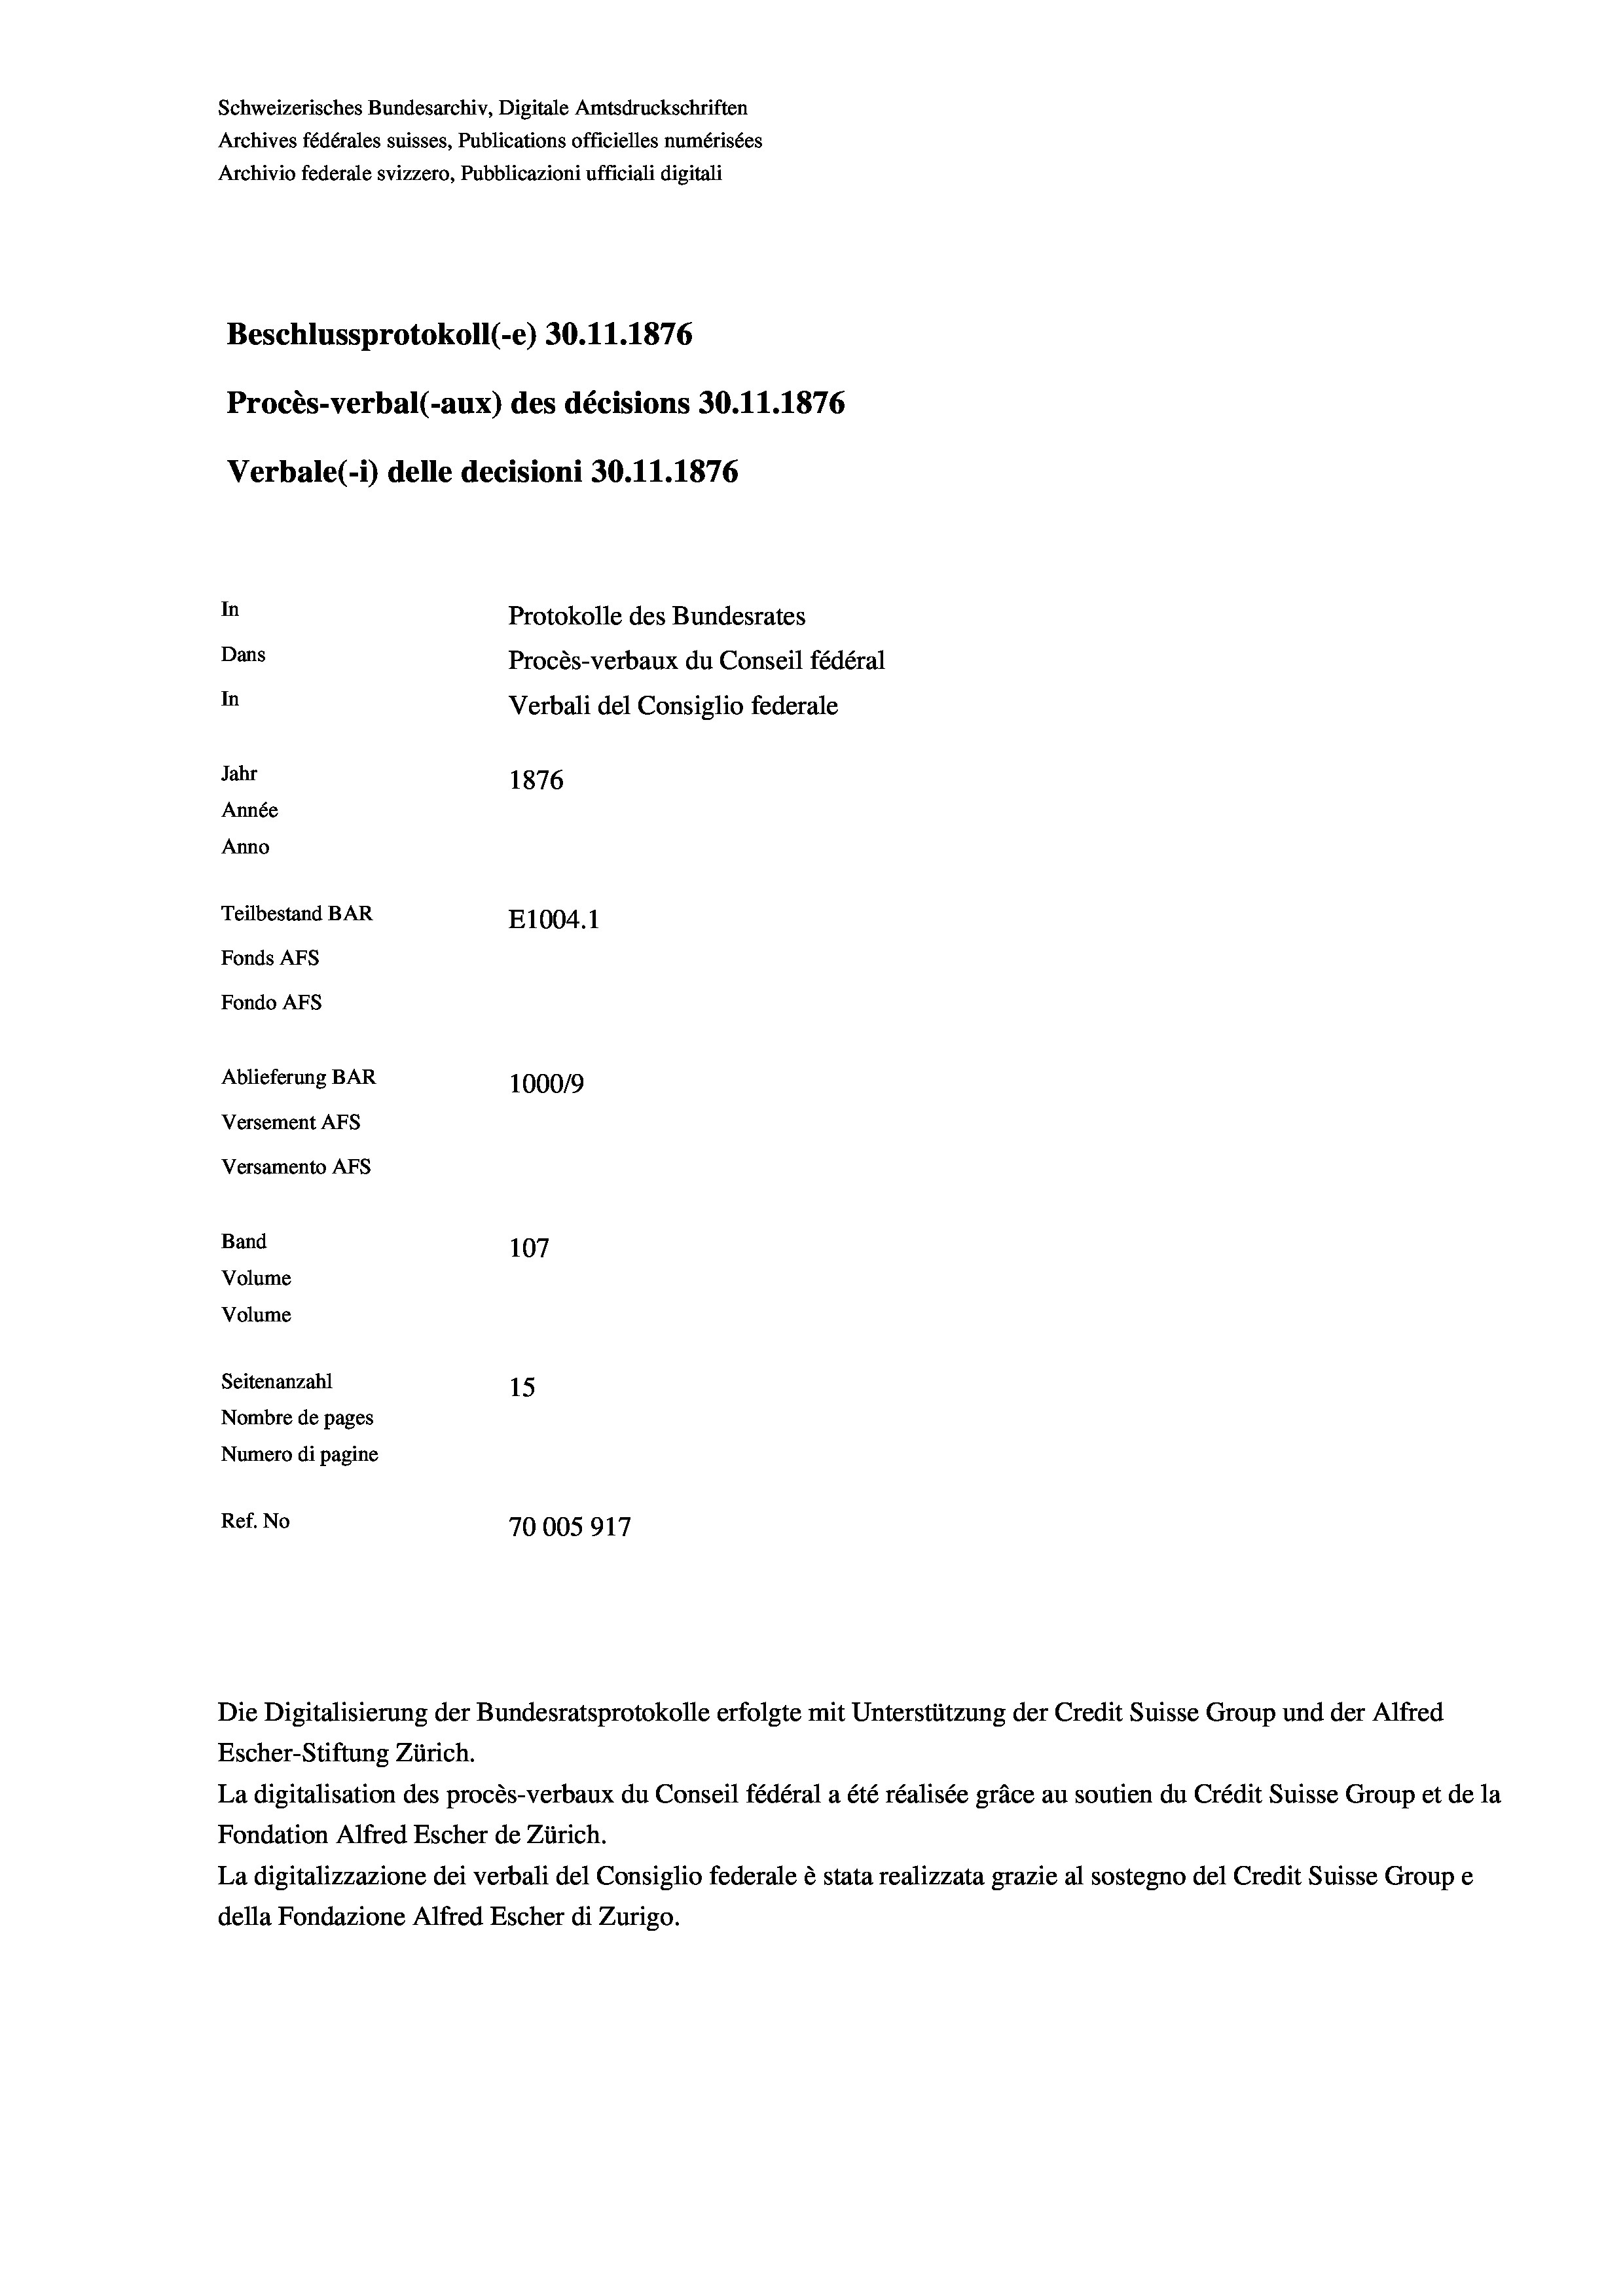
Schweizerisches Bundesarchiv, Digitale Amtsdruckschriften
Archives fédérales suisses, Publications officielles numérisées
Archivio federale svizzero, Pubblicazioni ufficiali digitali
Beschlussprotokoll (-e) 30.11.1876
Procès-verbal (-aux) des décisions 30.11.1876
Verbale(1) delle decisioni 30.11.1876
In
Protokolle des Bundesrates
Dans
Procès-verbaux du Conseil fédéral
In
Verbali del Consiglio federale
Jahr
1876
Année
Anno
Teilbestand BAR
E1004. 1
Fonds AFs
Fondo AFs
Ablieferung BAR
100019
Versement AFS
Versamento AFS
Band
107
Volume
Volume
Seitenanzahl
15
Nombre de pages
Numero di pagine
Ref. No
70005917

Escher-Stiftung Zürich.
La digitalisation des procès-verbaux du Conseil fédéral a été réalisée gräce au soutien du Crédit Suisse Group et de la
Fondation Alfred Escher de Zürich.
La digitalizzazione dei verbali del Consiglio federale è stata realizzata grazie al sostegno del Credit Suisse Groupe
della Fondazione Alfred Escher di Zurigo.

Die Digitalisierung der Bundesratsprotokolle erfolgte mit Unterstützung der Credit Suisse Group und der Alfred